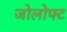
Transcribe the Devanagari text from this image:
जोलोफ्ट